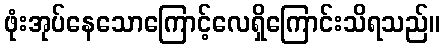
ဖုံးအုပ်နေသောကြောင့်လေရှိကြောင်းသိရသည်။